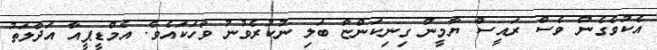
އެކުވެގެން ވެސް ރައީސް ޔާމީން ގިނިކަންޏާ ބަލި ނުކުރެވުނު ވާހަކައެވެ. އެމްޑީޕީއާ އަދާލަތު